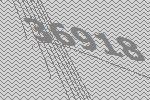
36918